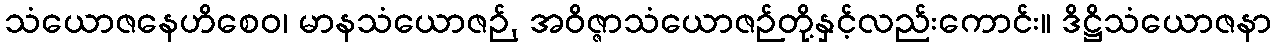
သံယောဇနေဟိစေဝ၊ မာနသံယောဇဉ်, အဝိဇ္ဇာသံယောဇဉ်တို့နှင့်လည်းကောင်း။ ဒိဋ္ဌိသံယောဇနာ